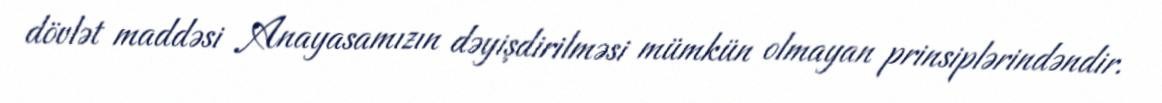
dövlət maddəsi Anayasamızın dəyişdirilməsi mümkün olmayan prinsiplərindəndir.